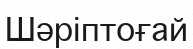
Шәріптоғай